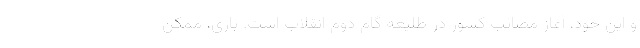
و این خود، آغاز مصائب کشور در طلیعه گام دوم انقلاب است. باری، ممکن